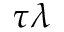
\tau \lambda